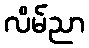
လိမ်ညာ